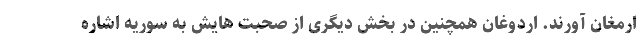
ارمغان آورند. اردوغان همچنین در بخش دیگری از صحبت هایش به سوریه اشاره